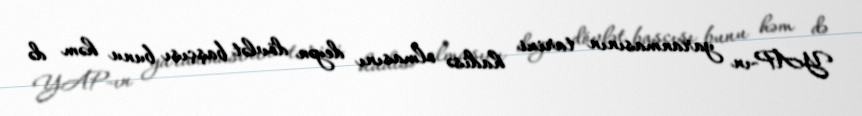
YAP-ın yaranmasının tarixi hadisə olmasını deyən dövlət başçısı bunu həm də